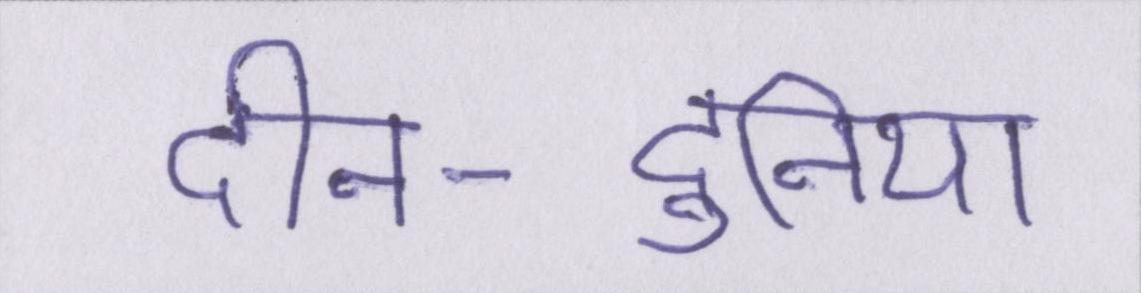
दीन-दुनिया